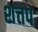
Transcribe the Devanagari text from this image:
शत्तप